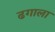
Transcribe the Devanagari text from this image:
ढगाला